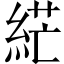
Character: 𦀴